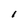
Character: I